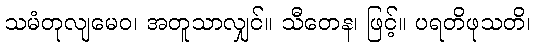
သမံတုလျမေဝ၊ အတူသာလျှင်။ သီတေန၊ ဖြင့်။ ပရတိဖုသတိ၊